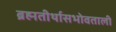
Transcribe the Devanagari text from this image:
ब्रह्मतीर्थासभोवताली